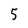
Character: 5